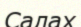
Салах